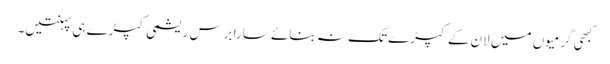
کبھی گرمیوں میں لان کے کپڑے تک نہ بنائے سارا برس ریشمی کپڑے ہی پہنتیں۔